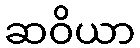
ဆဝိယာ